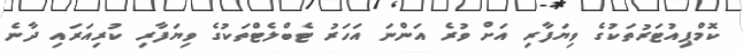
ކޮމްޕިއުޓަރުތަކުގެ ވިޔަފާރި އަށް ވުރެ އަންނަ އަހަރު ޓެބްލެޓްތަކުގެ ވިޔަފާރި ކުރިއަރައި ދާނެ